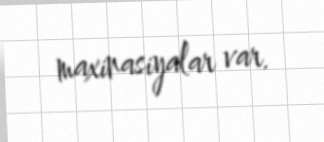
maxinasiyalar var.